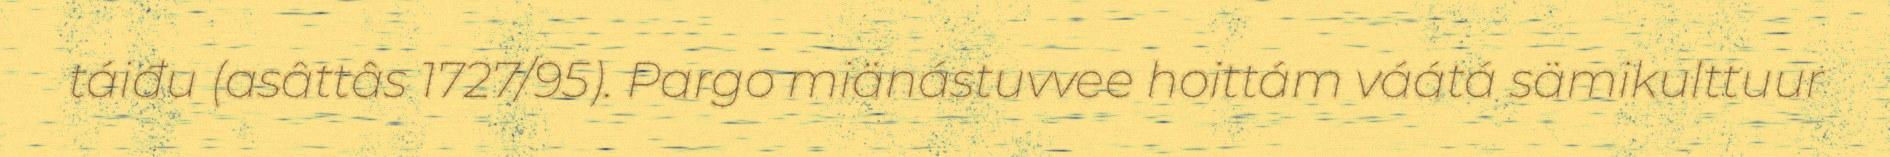
táiđu (asâttâs 1727/95). Pargo miänástuvvee hoittám váátá sämikulttuur